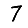
Digit: 7